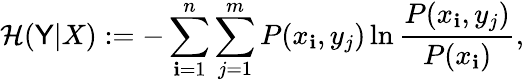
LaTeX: \mathcal{H}(\mathsf{Y}|X):=-\sum_{\mathbf{i}=1}^{n}\sum_{j=1}^{m}P(x_{\mathbf{i}},y_{j})\ln\frac{{P(x_{\mathbf{i}},y_{j})}}{{P(x_{\mathbf{i}})}},